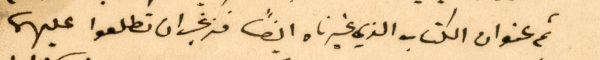
ثم عنوان الكتاب الذي غيرناه ايضًا فنرغب ان تطلعوا عليهما